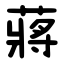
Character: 蔣